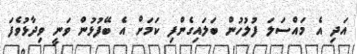
އަދި އެ މައްސަލަ ފުލުހުން ބަލައިގެންފި ކަމަށް އެ ބޭފުޅުން ވަނީ ވިދާޅުވެފަ